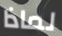
لماذا